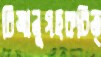
চিত্রানুগছকচিত্